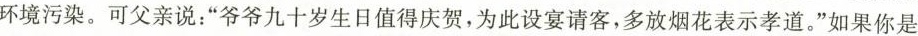
环境污染。可父亲说：“爷爷九十岁生日值得庆贺，为此设宴请客，多放烟花表示孝道。”如果你是